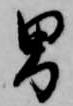
男